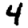
Digit: 4